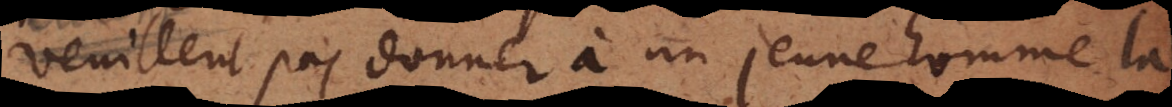
veuillent pas donner à un jeune homme la